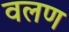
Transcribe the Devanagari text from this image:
वलण